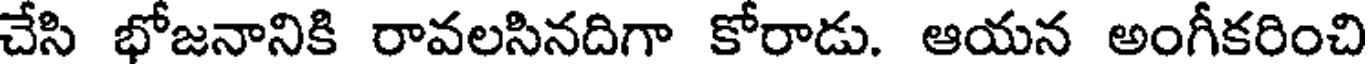
చేసి భోజనానికి రావలసినదిగా కోరాడు. ఆయన అంగీకరించి